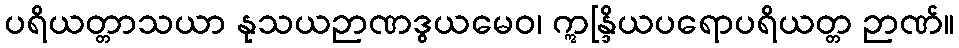
ပရိယတ္တာသယာ နုသယဉာဏဒွယမေဝ၊ ဣန္ဒြိယပရောပရိယတ္တ ဉာဏ်။